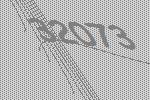
32073